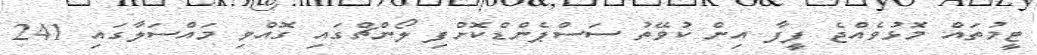
ޓީމުތައް މޮޅުވެއްޖެ ފީފާ އިން ކުވޭތު ސަސްޕެންޑްކޮށްފި ލޯންޗްގައި ގޮއްވި މައްސަލާގައި 241